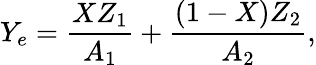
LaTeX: Y_{e}={\frac{XZ_{1}}{A_{1}}}+{\frac{(1-X)Z_{2}}{A_{2}}},